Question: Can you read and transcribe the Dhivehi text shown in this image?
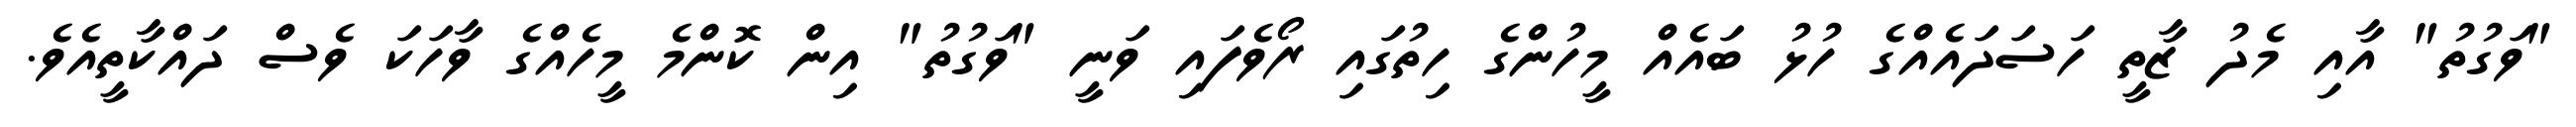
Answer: "ވަގުތު" އާއި މެދު ޒާތީ ހަސަދައެއްގެ ހުޅު ބައެއް މީހުންގެ ހިތުގައި ރޯވެފައި ވަނީ "ވަގުތު" އިން ކޮންމެ މީހެއްގެ ވާހަކަ ވެސް ދައްކާތީއެވެ.